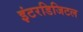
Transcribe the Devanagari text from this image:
इंटरडिजिटल